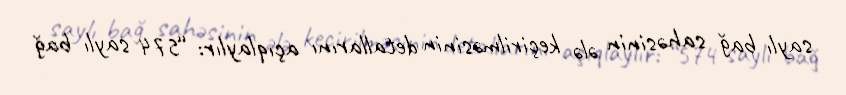
saylı bağ sahəsinin ələ keçirilməsinin detallarını açıqlaylır: “574 saylı bağ